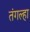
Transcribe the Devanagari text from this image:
तंगल्हा